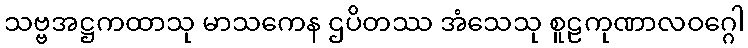
သဗ္ဗအဋ္ဌကထာသု မာသကေန ဌပိတဿ အံသေသု စူဠကုဏာလဝဂ္ဂေါ